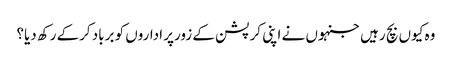
وہ کیوں بچ رہیں جنہوں نے اپنی کرپشن کے زورپر اداروں کو برباد کرکے رکھ دیا؟